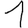
Digit: 1